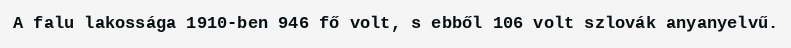
A falu lakossága 1910-ben 946 fő volt, s ebből 106 volt szlovák anyanyelvű.